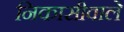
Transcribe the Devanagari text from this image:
निकासीवाले